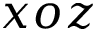
x o z